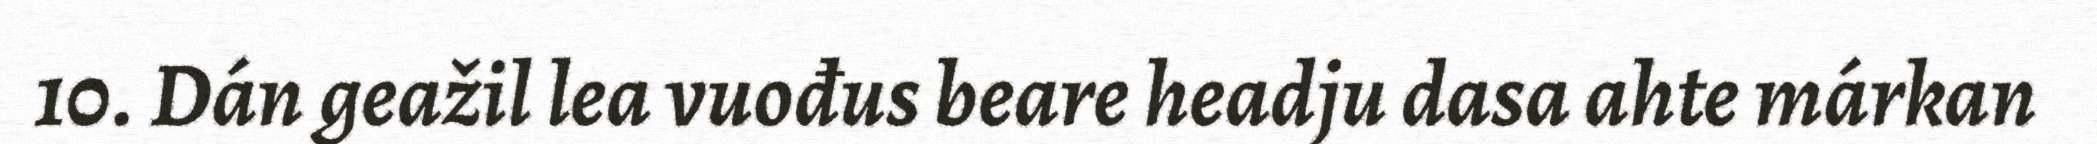
10. Dán geažil lea vuođus beare headju dasa ahte márkan